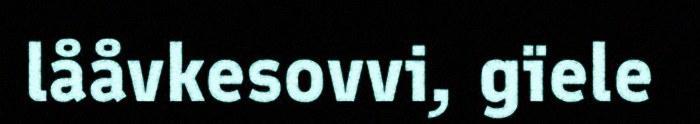
lååvkesovvi, gïele